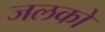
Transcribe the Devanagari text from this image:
जलको